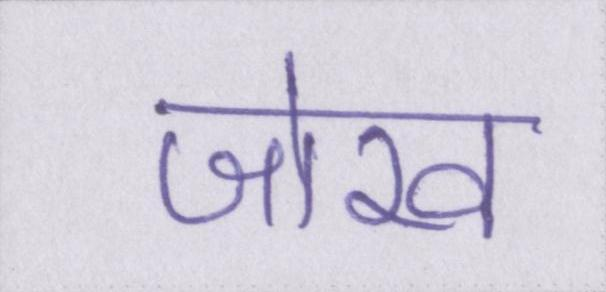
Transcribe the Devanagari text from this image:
जोख